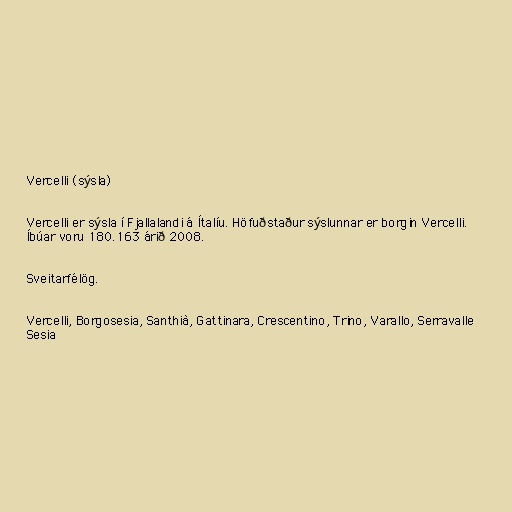
Vercelli (sýsla)

Vercelli er sýsla í Fjallalandi á Ítalíu. Höfuðstaður sýslunnar er borgin Vercelli.
Íbúar voru 180.163 árið 2008.

Sveitarfélög.

Vercelli, Borgosesia, Santhià, Gattinara, Crescentino, Trino, Varallo, Serravalle
Sesia